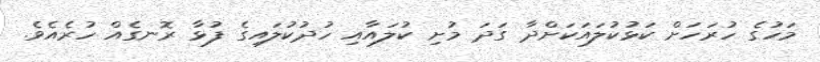
މަހުގެ ހުރަހަށް ކަޅުކުލައަކަށްދާ ގަދަ މުށި ކުލައާއި ހުދުކުލައިގެ ފުޅާ ރޮނގެއް ހުރެއެވެ.